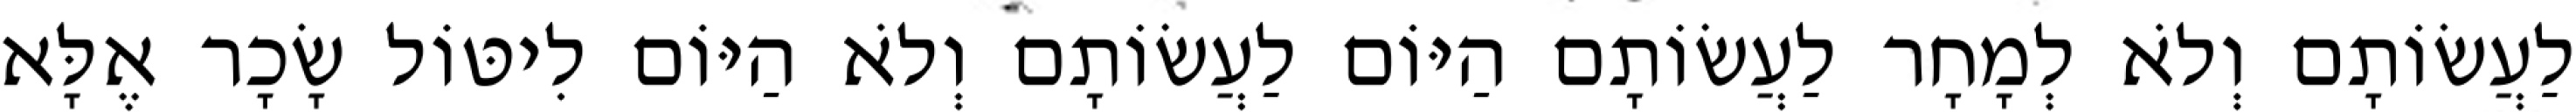
לַעֲשׂוֹתָם וְלֹא לְמָחָר לַעֲשׂוֹתָם הַיּוֹם לַעֲשׂוֹתָם וְלֹא הַיּוֹם לִיטּוֹל שָׂכָר אֶלָּא